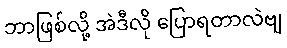
ဘာဖြစ်လို့ အဲဒီလို ပြောရတာလဲဗျ